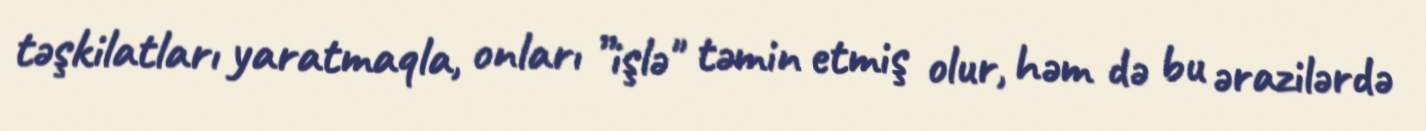
təşkilatları yaratmaqla, onları ”işlə" təmin etmiş olur, həm də bu ərazilərdə